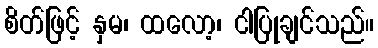
စိတ်ဖြင့် နှမ၊ ထလော့၊ ငါပြုချင်သည်။